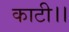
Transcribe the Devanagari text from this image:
काटी।।